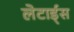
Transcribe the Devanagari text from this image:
लेटार्ड्स